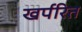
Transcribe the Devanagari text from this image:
खर्परित